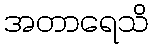
အတာရေသိ